Annual report on the mental hospital in the Central Provinces and Berar (Nagpur) - 1927-1951
Year: 1927
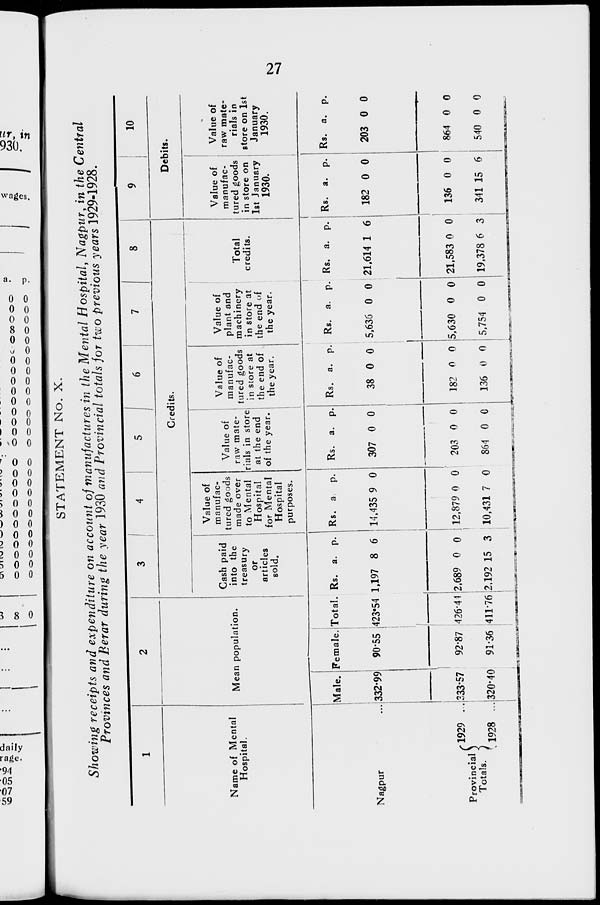
27
STATEMENT No. X.
Showing receipts and expenditure on account of manufactures in the Mental Hospital, Nagpur, in the Central
Provinces and Berar during the year 1930 and Provincial totals for two previous years 1929-1928.
1
Name of Mental
Hospital.
Nagpur ...
Provincial
Totals.
1929
...
1928
...
2
Mean population.
Male.
332.99
333.57
320.40
Female.
90.55
92.87
91.36
Total.
423.54
426.41
411.76
3
4
5
6
7
8
Credits.
Cash paid
into the
treasury
or
articles
sold.
Rs.
1,197
2,689
2.192
a.
8
0
15
p.
6
0
3
Value of
manufac-
tured goods
made over
to Mental
Hospital
for Mental
Hospital
purposes.
Rs.
14,435
12,879
10,431
a.
9
0
7
p.
0
0
0
Value of
raw mate-
rials in store
at the end
of the year.
Rs.
307
203
864
a.
0
0
0
p.
0
0
0
Value of
manufac-
tured goods
in store at
the end of
the year.
Rs.
38
182
136
a.
0
0
0
p.
0
0
0
Value of
plant and
machinery
in store at
the end of
the year.
Rs.
5,636
5,630
5,754
a.
0
0
0
p.
0
0
0
Total
credits.
Rs.
21,614
21,583
19,378
a.
1
0
6
p.
6
0
3
9
10
Debits.
Value of
manufac-
tured goods
in store on
1st January
1930.
Rs.
182
136
341
a.
0
0
15
p.
0
0
6
Value of
raw mate-
rials in
store on 1st
January
1930.
Rs.
203
864
540
a.
0
0
0
p.
0
0
0